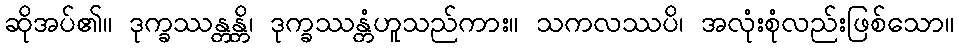
ဆိုအပ်၏။ ဒုက္ခဿန္တန္တိ၊ ဒုက္ခဿန္တံဟူသည်ကား။ သကလဿပိ၊ အလုံးစုံလည်းဖြစ်သော။